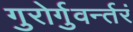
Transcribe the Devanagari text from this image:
गुरोर्गुवर्न्तरं